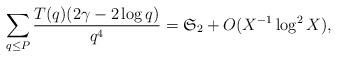
LaTeX: \begin{align*}\sum_{q\le P}\frac{T(q)(2\gamma-2\log q)}{q^4}= \mathfrak{S}_2 +O(X^{-1}\log^2X),\end{align*}